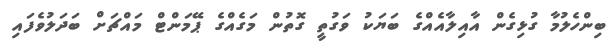
ބިންހެލުމާ ގުޅިގެން އާއިލާއެއްގެ ބަޔަކު ވަގުތީ ގޮތުން މަގެއްގެ ޕޭމަންޓް މައްޗަށް ބަދަލުވެފައި